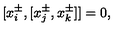
[ x _ { i } ^ { \pm } , [ x _ { j } ^ { \pm } , x _ { k } ^ { \pm } ] ] = 0 ,